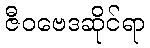
ဇီဝဗေဒဆိုင်ရာ